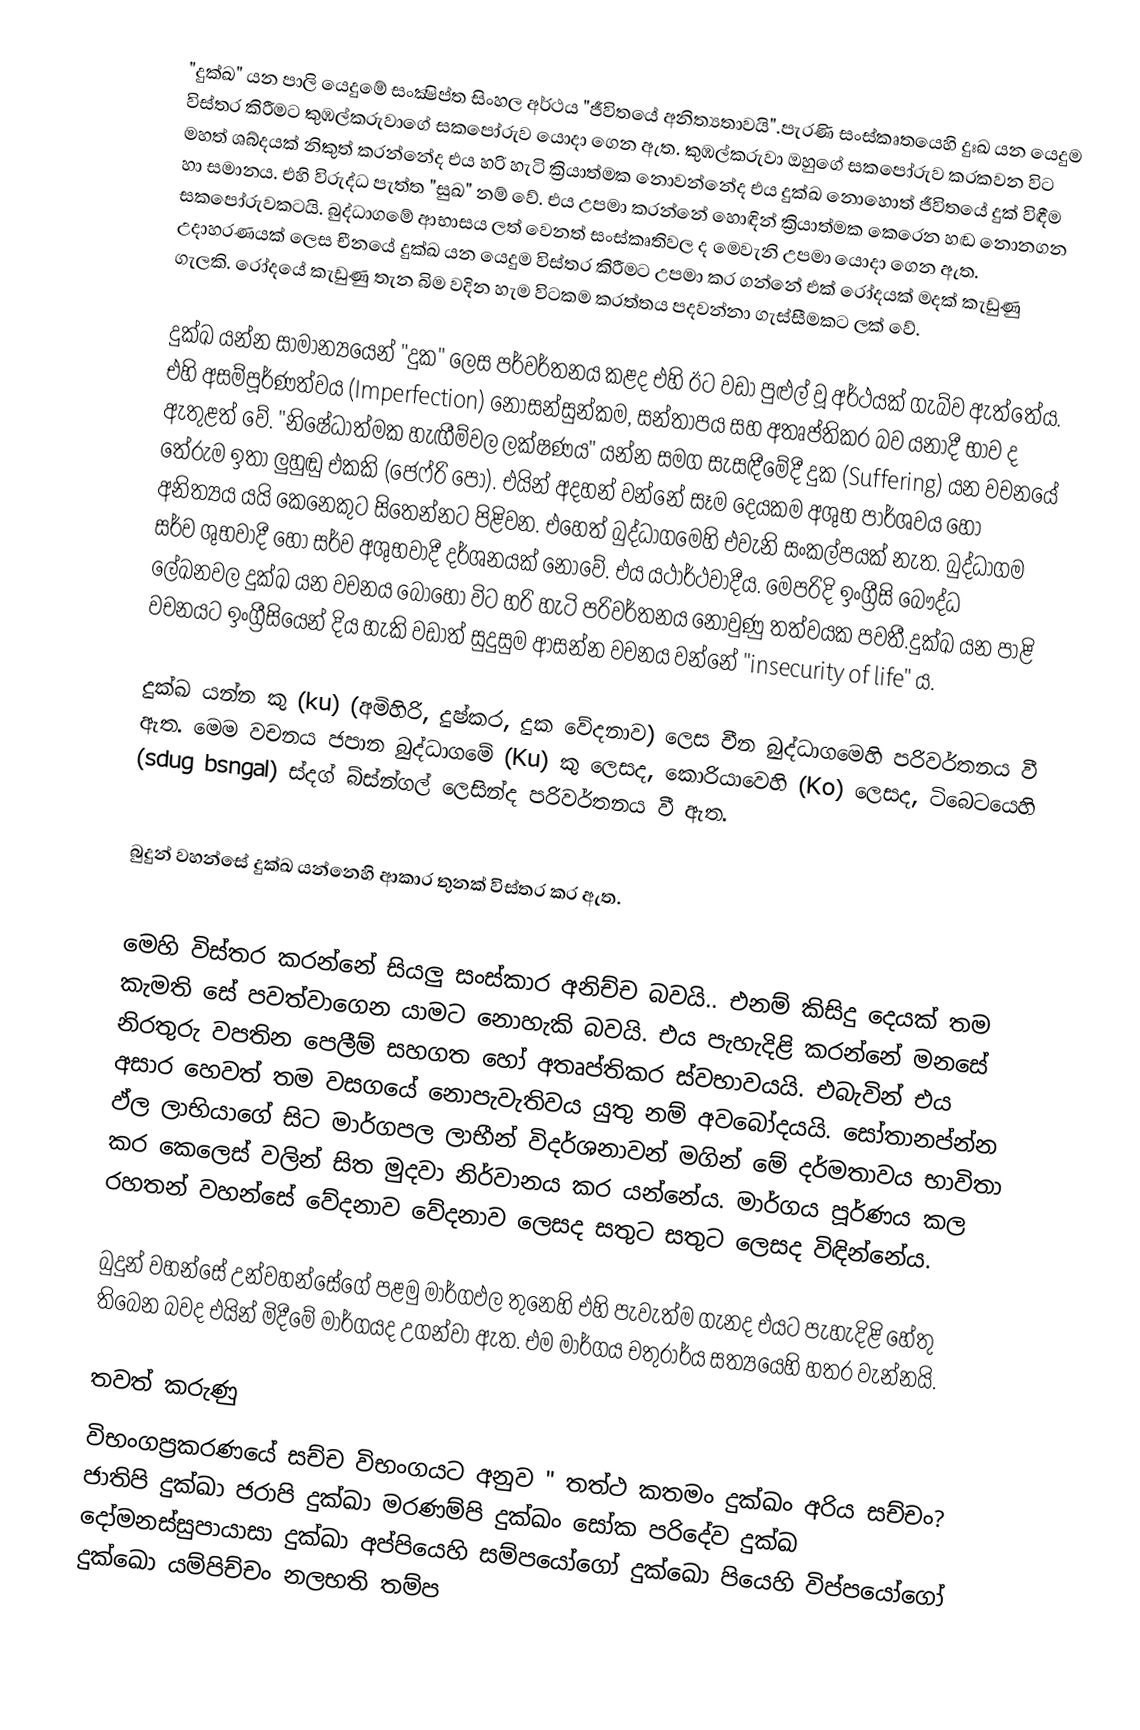
"දුක්ඛ" යන පාලි යෙදුමේ සංක්‍ෂිප්ත සිංහල අර්ථය "ජීවිතයේ අනිත්‍යතාවයි".පැරණි සංස්කෘතයෙහි දුඃඛ යන යෙදුම විස්තර කිරීමට කුඹල්කරුවාගේ සකපෝරුව යොදා ගෙන ඇත. කුඹල්කරුවා ඔහුගේ සකපෝරුව කරකවන විට මහත් ශබ්දයක් නිකුත් කරන්නේද එය හරි හැටි ක්‍රියාත්මක නොවන්නේද එය දුක්ඛ නොහොත් ජීවිතයේ දුක් විඳීම හා සමානය. එහි විරුද්ධ පැත්ත "සුඛ" නම් වේ. එය උපමා කරන්නේ හොඳින් ක්‍රියාත්මක කෙරෙන හඬ නොනගන සකපෝරුවකටයි. බුද්ධාගමේ ආභාසය ලත් වෙනත් සංස්කෘතිවල ද මෙවැනි උපමා යොදා ගෙන ඇත. උදාහරණයක් ලෙස චීනයේ දුක්ඛ යන යෙදුම විස්තර කිරීමට උපමා කර ගන්නේ එක් රෝදයක් මදක් කැඩුණු ගැලකි. රෝදයේ කැඩුණු තැන බිම වදින  හැම විටකම කරත්තය පදවන්නා ගැස්සීමකට ලක් වේ.

දුක්ඛ යන්න සාමාන්‍යයෙන් "දුක" ලෙස පර්වර්තනය කළද එහි ඊට වඩා පුළුල් වූ අර්ථයක් ගැබ්ව ඇත්තේය. එහි අසම්පූර්ණත්වය (Imperfection) නොසන්සුන්කම, සන්තාපය සහ අතෘප්තිකර බව යනාදී භාව ද ඇතුළත් වේ. "නිෂේධාත්මක හැඟීම්වල ලක්ෂණය" යන්න සමග සැසඳීමේදී දුක (Suffering) යන වචනයේ තේරුම ඉතා ලුහුඬු එකකි (ජෙෆ්රි පො). එයින් අදහන් වන්නේ සෑම දෙයකම අශුභ පාර්ශවය හෝ අනිත්‍යය යයි කෙනෙකු‍ට සිතෙන්නට පිළිවන. එහෙත් බුද්ධාගමෙහි එවැනි සංකල්පයක් නැත. බුද්ධාගම සර්ව ශුභවාදී හෝ සර්ව අශුභවාදී දර්ශනයක් නොවේ. එය යථාර්ථවාදීය. මෙපරිදි ඉංග්‍රීසි බෞද්ධ ලේඛනවල දුක්ඛ යන වචනය බොහෝ විට හරි හැටි පරිවර්තනය නොවුණු තත්වයක පවතී.දුක්ඛ යන පාළි  වචනයට ඉංග්‍රීසියෙන් දිය හැකි වඩාත් සුදුසුම ආසන්න වචනය වන්නේ "insecurity of life" ය.

දුක්ඛ යන්න කු (ku) (අමිහිරි, දුෂ්කර, දුක වේදනාව) ලෙස චීන බුද්ධාගමෙහි පරිවර්තනය වී ඇත. මෙම වචනය ජපාන බුද්ධාගමේ (Ku)  කු ලෙසද, කොරියාවෙහි (Ko) ලෙසද, ටිබෙටයෙහි (sdug bsngal) ස්දග් බ්ස්න්ගල් ලෙසින්ද පරිවර්තනය වී ඇත.

බුදුන් වහන්සේ දුක්ඛ යන්නෙහි ආකාර තුනක් විස්තර කර ඇත.

මෙහි විස්තර කරන්නේ සියලු සංස්කාර අනිච්ච බවයි.. එනම් කිසිදු දෙයක් තම කැමති සේ පවත්වාගෙන යාමට නොහැකි බවයි.  එය පැහැදිළි කරන්නේ මනසේ නිරතුරු වපතින පෙලීම් සහගත හෝ අතෘප්තිකර  ස්වභාවයයි. එබැවින් එය අසාර හෙවත් තම වසගයේ නොපැවැතිවය යුතු නම් අවබෝදයයි. සෝතානප්න්න ඵ්ල ලාභියාගේ සිට මාර්ගපල ලාභීන් විදර්ශනාවන් මගින් මේ දර්මතාවය භාවිතා කර කෙලෙස් වලින් සිත මුදවා නිර්වානය කර යන්නේය.  මාර්ගය පූර්ණය කල රහතන් වහන්සේ  වේදනාව වේදනාව ලෙසද සතුට සතුට ලෙසද විඳින්නේය.

බුදුන් වහන්සේ උන්වහන්සේගේ පළමු මාර්ගඵල තුනෙහි එහි පැවැත්ම ගැනද එයට පැහැදිළි හේතු තිබෙන බවද එයින් මිදීමේ මාර්ගයද උගන්වා ඇත. එම මාර්ගය චතුරාර්ය සත්‍යයෙහි හතර වැන්නයි.

තවත් කරුණු
විභංගප්‍රකරණයේ සච්ච විභංගයට අනුව " තත්ථ කතමං දුක්ඛං අරිය සච්චං? ජාතිපි දුක්ඛා ජරාපි දුක්ඛා මරණම්පි දුක්ඛං ‍සෝක පරිදේව දුක්ඛ දෝමනස්සුපායාසා දුක්ඛා අප්පියෙහි සම්පයෝගෝ දුක්ඛො පියෙහි විප්පයෝගෝ දුක්ඛො  යම්පිච්චං නලභති තම්ප